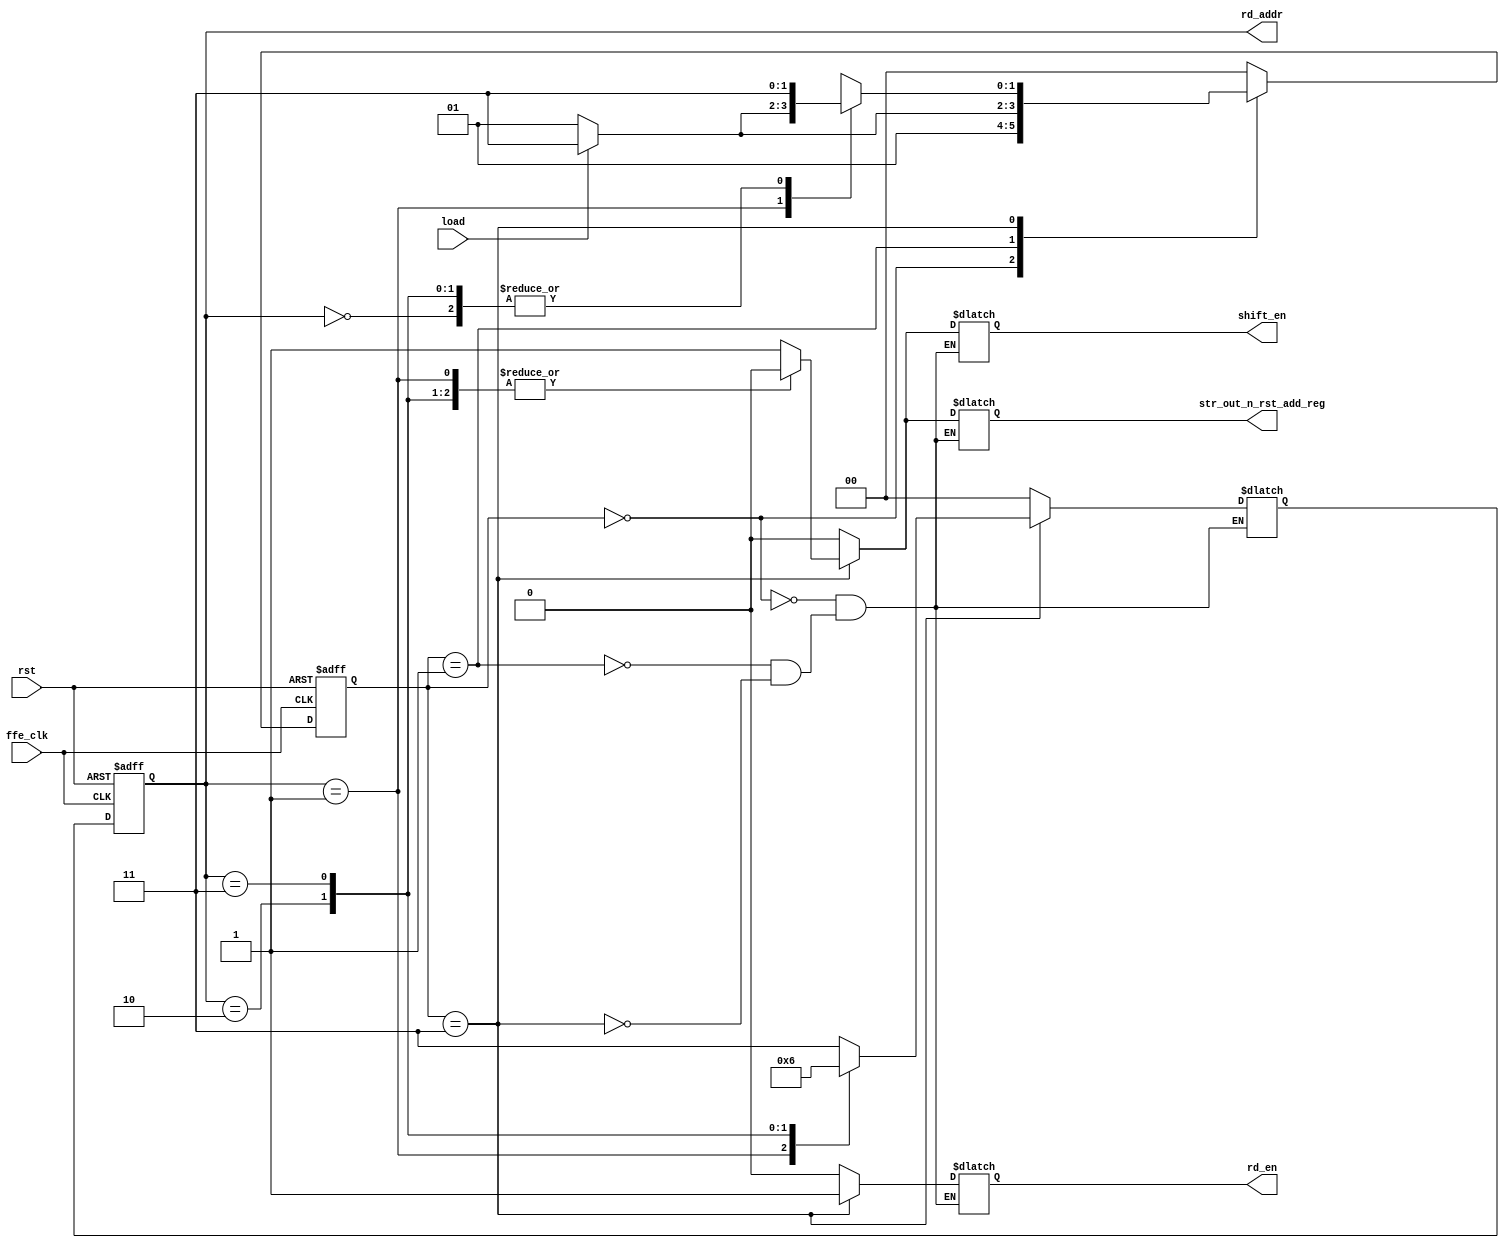
/* -----------------------------------------------------------------------------
   Copyright (c) 2024 FFE implementation Digital design course final project
   -----------------------------------------------------------------------------
   FILE NAME : ffe_controller.v
   DEPARTMENT : FFE
   AUTHOR : Omar Muhammad
   AUTHORS EMAIL : omarmuhammadmu0@gmail.com
   -----------------------------------------------------------------------------
   RELEASE HISTORY
   VERSION  DATE        AUTHOR      DESCRIPTION
   1.0      2024-06-05  Omar        initial version
   -----------------------------------------------------------------------------
   KEYWORDS : FFE
   -----------------------------------------------------------------------------
   PURPOSE : Control unit that trace the state of the system
   -----------------------------------------------------------------------------
   PARAMETERS
   PARAM NAME           : RANGE   : DESCRIPTION         : DEFAULT   : UNITS       
   -----------------------------------------------------------------------------
   REUSE ISSUES
   Reset Strategy   : Asynch rst
   Clock Domains    : N
   Critical Timing  : N/A
   Test Features    : N/A
   Asynchronous I/F : N/A  
   Scan Methodology : N/A
   Instantiations   : N/A
   Synthesizable    : Y
   Other            : N/A
   -FHDR------------------------------------------------------------------------*/

// `define CRITICAL_PATH_BREAKING

module ffe_controller #(
    parameter   DEPTH = 4,
                ADDR_SIZE = $clog2(DEPTH)
)(
    /* ----------- inputs -----------*/
    input  wire                 ffe_clk,
    input  wire                 rst,
    input  wire                 load,
    /* ----------- outputs -----------*/
    output reg                  shift_en,
    output reg                  rd_en,
    output reg                  str_out_n_rst_add_reg,
    output reg  [ADDR_SIZE-1:0] rd_addr
);
/* ----------------------------------
            Local parameters
 ----------------------------------*/
localparam  L_RESET_STATE   = 2'b00,
            L_IDLE          = 2'b01,
            L_COMPUTE       = 2'b11;

localparam L_STATUS_REG_WIDTH = 2;

localparam  L_ZERO          = 2'd0,
            L_ONE           = 2'd1,
            L_TWO           = 2'd2,
            L_THREE         = 2'd3;
/* ----------------------------------
  Internal connections and components
 ----------------------------------*/
reg [L_STATUS_REG_WIDTH - 1 : 0]    current_state;
reg [L_STATUS_REG_WIDTH - 1 : 0]    next_state;
reg [ADDR_SIZE-1:0]                 rd_addr_c;
/* ----------------------------------
            FSM logic
 ----------------------------------*/
always @(posedge ffe_clk or negedge rst) begin
    if(!rst) begin
        current_state <=    L_RESET_STATE;
    end else begin
        current_state <=    next_state;
    end
end

//Read address register
always @(posedge ffe_clk or negedge rst) begin
    if(!rst) begin
        rd_addr <=  'b0;
    end else begin
        rd_addr <= rd_addr_c;
    end
end

// state and output logic
always @(*) begin
    case (current_state) 
    L_RESET_STATE: begin
        rd_addr_c = L_ZERO;
        shift_en = 1'b0;
        str_out_n_rst_add_reg = 1'b0;
        rd_en = 1'b0;
        next_state = L_IDLE;
    end
    L_IDLE : begin
        rd_addr_c = L_ZERO;
        shift_en = 1'b0;
        str_out_n_rst_add_reg = 1'b0;
        rd_en = 1'b0;
        if(load) begin
            next_state = L_COMPUTE;
        end else begin
            next_state = L_IDLE;
        end
    end
    L_COMPUTE : begin
        // Default values
        rd_en = 1'b1;
        shift_en = 1'b0;
        next_state = L_COMPUTE;
        str_out_n_rst_add_reg = 1'b0;

        case (rd_addr)
        L_ZERO: begin
            rd_addr_c = L_THREE;
            shift_en = 1'b1;
            `ifndef CRITICAL_PATH_BREAKING
                str_out_n_rst_add_reg = 1'b1;
            `endif 
        end
        L_ONE: begin
            rd_addr_c = L_ZERO;
            if(~load) begin
                next_state = L_IDLE;
            end
        end
        L_TWO: begin
            rd_addr_c = L_ONE;
        end
        L_THREE: begin
            rd_addr_c = L_TWO;
            `ifdef CRITICAL_PATH_BREAKING
            str_out_n_rst_add_reg = 1'b1;
            `endif
        end
        default : begin
            next_state = L_RESET_STATE;
        end
        endcase
    end
    default : begin
        next_state = L_RESET_STATE;
    end
    endcase
end
endmodule
/* ---------------- End of file  ---------------- */